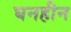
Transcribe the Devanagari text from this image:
घनहीन